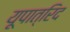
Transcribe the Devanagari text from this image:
यूपात्रिद